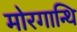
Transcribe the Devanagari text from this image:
मोरगान्थि